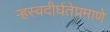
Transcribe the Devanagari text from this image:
र्‍हस्वदीर्घतेप्रमाणे